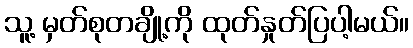
သူ့ မှတ်စုတချို့ကို ထုတ်နှုတ်ပြပါ့မယ်။